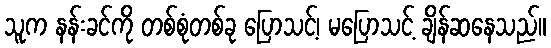
သူက နန်းခင်ကို တစ်စုံတစ်ခု ပြောသင့်၊ မပြောသင့် ချိန်ဆနေသည်။